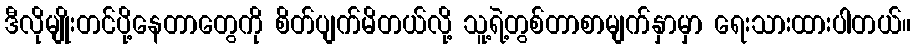
ဒီလိုမျိုးတင်ပို့နေတာတွေကို စိတ်ပျက်မိတယ်လို့ သူ့ရဲ့တွစ်တာစာမျက်နှာမှာ ရေးသားထားပါတယ်။